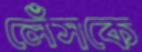
লেঁসকে